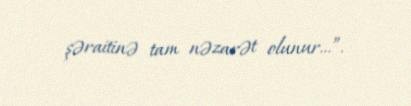
şəraitinə tam nəzarət olunur...”.